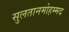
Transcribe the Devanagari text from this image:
सुलतानमोहम्मद